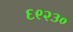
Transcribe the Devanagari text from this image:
६९२३०